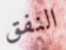
النفق